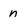
Character: n